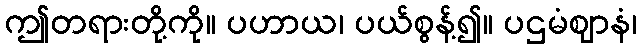
ဤတရားတို့ကို။ ပဟာယ၊ ပယ်စွန့်၍။ ပဌမံဈာနံ၊